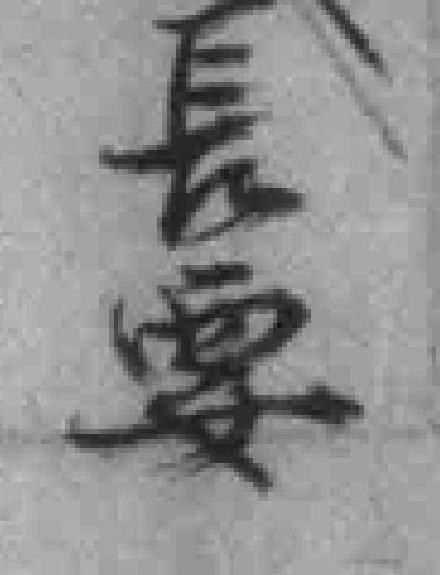
長要